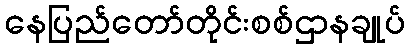
နေပြည်တော်တိုင်းစစ်ဌာနချုပ်